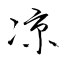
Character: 凉